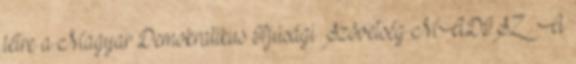
létre a Magyar Demokratikus Ifjúsági Szövetség MADISZ . A